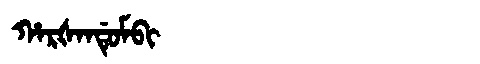
Manchu: ᡥᠠᡵᡧᠠᠨᡩᡠᠮᠪᡳ
Romanization: HARŠANDUMBI